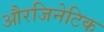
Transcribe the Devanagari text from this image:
औरजिनेटिक